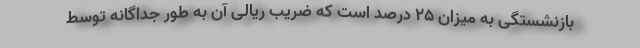
بازنشستگی به میزان ۲۵ درصد است که ضریب ریالی آن به طور جداگانه توسط